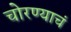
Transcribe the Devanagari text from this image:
चोरण्याचं